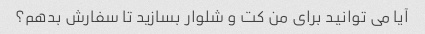
آیا می توانید برای من کت و شلوار بسازید تا سفارش بدهم؟